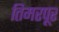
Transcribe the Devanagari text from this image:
तिमरपूर